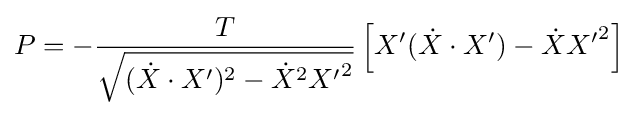
P=-{\frac {T}{\sqrt {({\dot {X}}\cdot X')^{2}-{\dot {X}}^{2}{X'}^{2}}}}\left[X'({\dot {X}}\cdot X')-{\dot {X}}{X'}^{2}\right]